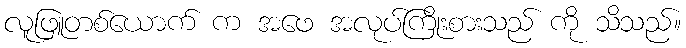
လူဖြူတစ်ယောက် က အဖေ အလုပ်ကြိုးစားသည် ကို သိသည်။